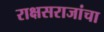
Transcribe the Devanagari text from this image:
राक्षसराजांचा